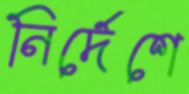
নির্দেশে